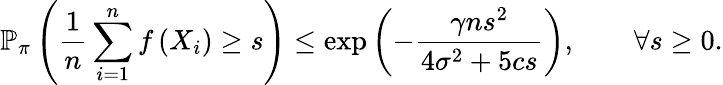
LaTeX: \mathbb{P}_{\pi}\left(\frac{1}{n}\sum_{i=1}^{n}f\left(X_{i}\right)\geq s\right)\leq\exp\left(-\frac{\gamma ns^{2}}{4\sigma^{2}+5cs}\right),\qquad\forall s\geq 0.